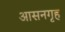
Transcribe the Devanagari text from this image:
आसनगृह